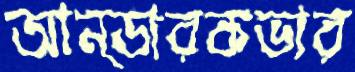
আন্ডারকভার